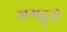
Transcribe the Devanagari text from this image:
जगद्गुरो